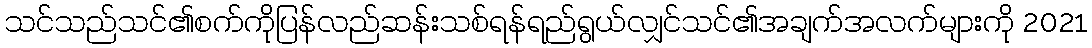
သင်သည်သင်၏စက်ကိုပြန်လည်ဆန်းသစ်ရန်ရည်ရွယ်လျှင်သင်၏အချက်အလက်များကို 2021